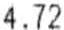
4.72